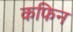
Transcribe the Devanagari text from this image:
कफिन